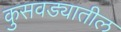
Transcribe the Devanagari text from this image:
कुसवड्यातील